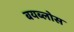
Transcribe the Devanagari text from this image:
बयब्लोस